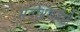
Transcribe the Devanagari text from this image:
मनोभ्रंशजैसी